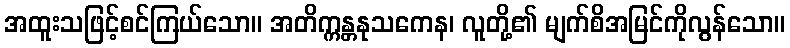
အထူးသဖြင့်စင်ကြယ်သော။ အတိက္ကန္တနုသကေန၊ လူတို့၏ မျက်စိအမြင်ကိုလွန်သော။